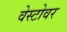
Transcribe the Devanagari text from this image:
वेस्टोवर